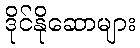
ဒိုင်နိုဆောများ